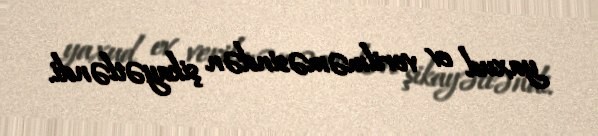
yaxud ev verilməməsindən şikayətləndi.